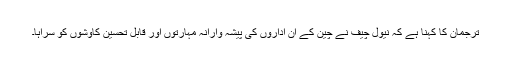
ترجمان کا کہنا ہے کہ نیول چیف نے چین کے ان اداروں کی پیشہ وارانہ مہارتوں اور قابل تحسین کاوشوں کو سراہا۔